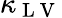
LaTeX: \kappa_{\mathrm{~L~V~}}